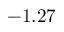
- 1 . 2 7